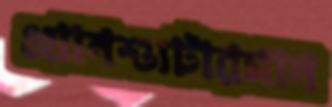
ওয়ানশ্যুটারগান